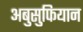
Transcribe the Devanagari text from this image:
अबुसुफियान